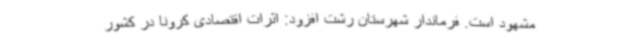
مشهود است. فرماندار شهرستان رشت افزود: اثرات اقتصادی کرونا در کشور